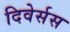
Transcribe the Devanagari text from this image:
दिवेर्सस